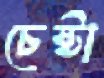
চেষ্টা